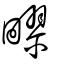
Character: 疁